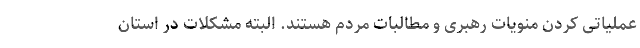
عملیاتی کردن منویات رهبری و مطالبات مردم هستند. البته مشکلات در استان